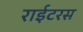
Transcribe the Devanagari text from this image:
राईटरस